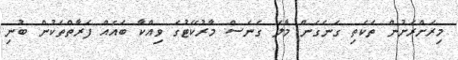
މިރަށްރަށުން ތަކެތި ގަނެގެން މާލެ ގެނެސް މާރުކޭޓުގަ ވިއްކާ ބައެއް ފަރާތްތަކުން ބުނި